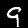
Label: 9